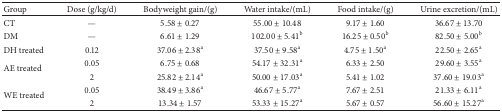
| Group | Dose (g/kg/d) | Bodyweight gain/(g) | Water intake/(mL) | Food intake/(g) | Urine excretion/(mL) |
 | --- | --- | --- | --- | --- | --- |
 | CT | — | 5.58 ± 0.27 | 55.00 ± 10.48 | 9.17 ± 1.60 | 36.67 ± 13.70 |
 | DM | — | 6.61 ± 1.29 | 102.00 ± 5.41b | 16.25 ± 0.50b | 82.50 ± 5.00b |
 | DH treated | 0.12 | 37.06 ± 2.38a | 37.50 ± 9.58a | 4.75 ± 1.50a | 22.50 ± 2.65a |
 | <ROWSPAN=2> AE treated | 0.05 | 6.75 ± 0.68 | 54.17 ± 32.31a | 6.33 ± 2.50 | 29.60 ± 3.55a |
 | 2 | 25.82 ± 2.14a | 50.00 ± 17.03a | 5.41 ± 1.02 | 37.60 ± 19.03a |
 | <ROWSPAN=2> WE treated | 0.05 | 38.49 ± 3.86a | 46.67 ± 5.77a | 7.67 ± 2.51 | 21.33 ± 6.11a |
 | 2 | 13.34 ± 1.57 | 53.33 ± 15.27a | 5.67 ± 0.57 | 56.60 ± 15.27a |